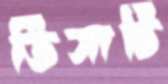
ভিসাটি